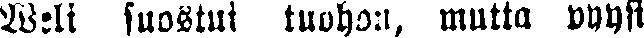
Weli suostui tuohan, mutta pyysi